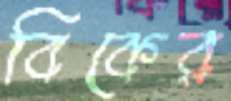
বিকের